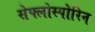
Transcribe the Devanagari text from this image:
सेफ्लोस्पोरिन